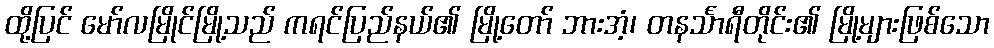
ထို့ပြင် မော်လမြိုင်မြို့သည် ကရင်ပြည်နယ်၏ မြို့တော် ဘားအံ့၊ တနင်္သာရီတိုင်း၏ မြို့များဖြစ်သော